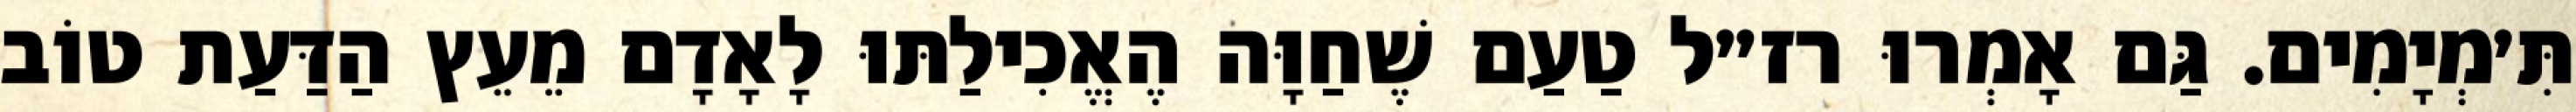
תִּ׳מְיָמִים. גַּם אָמְרוּ רז״ל טַעַם שֶׁחַוָּה הֶאֱכִילַתּוּ לָאָדָם מֵעֵץ הַדַּעַת טוֹב